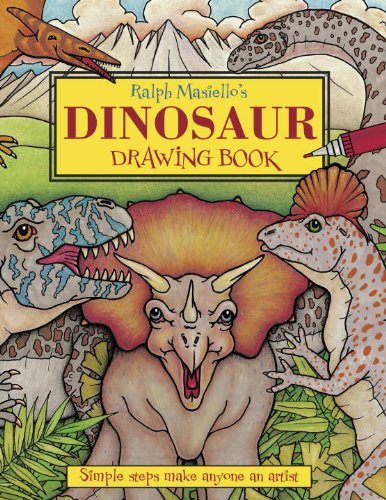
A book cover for Ralph Masiello's Dinosaur Drawing Book; Ralph Masiello; Children's Books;